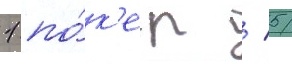
1 по́к'ер / 5